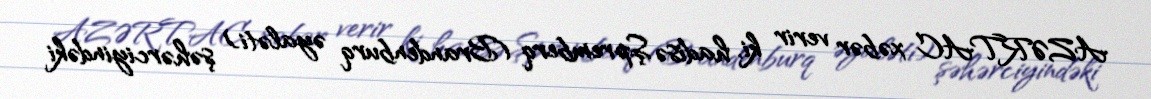
AZƏRTAC xəbər verir ki, hadisə Şpremberq (Brandenburq əyaləti) şəhərciyindəki